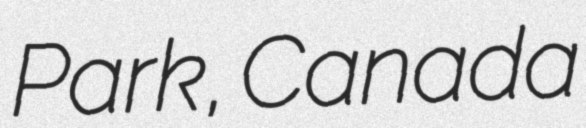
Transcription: Park, Canada